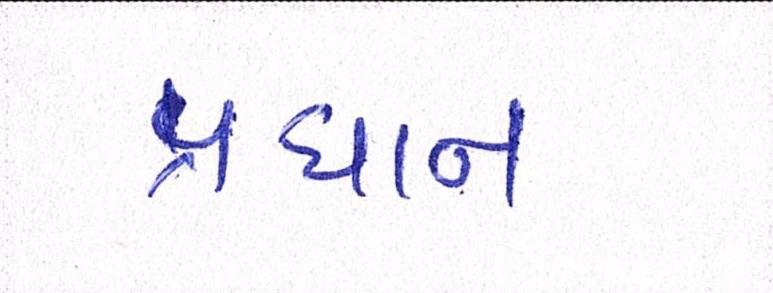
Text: પ્રધાન